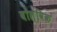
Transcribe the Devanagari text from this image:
वोल्विक